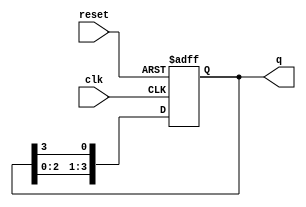
module ring_counter #(
    parameter N = 4  // Number of flip-flops (bits)
)(
    input wire clk,          // Clock signal
    input wire reset,        // Asynchronous reset signal
    output reg [N-1:0] q     // Output of the ring counter
);

// Initial state of the ring counter
initial begin
    q = 0;
end

// Always block for synchronous operation
always @(posedge clk or posedge reset) begin
    if (reset) begin
        // Asynchronous reset: set the first flip-flop to 1 and others to 0
        q <= 1'b1; // Set the first flip-flop to 1
    end else begin
        // Shift the bits to the right in a circular manner
        q <= {q[N-2:0], q[N-1]}; // Shift left and wrap around
    end
end

endmodule